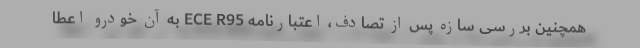
همچنین بررسی سازه پس از تصادف، اعتبارنامه ECE R95 به آن خودرو اعطا